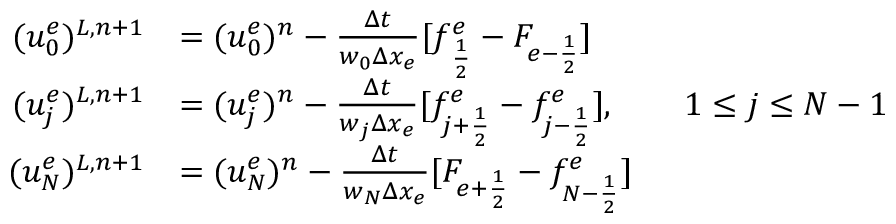
\begin{array} { r l } { ( u _ { 0 } ^ { e } ) ^ { L , n + 1 } } & { = ( u _ { 0 } ^ { e } ) ^ { n } - \frac { \Delta t } { w _ { 0 } \Delta x _ { e } } [ f _ { \frac { 1 } { 2 } } ^ { e } - F _ { e - \frac { 1 } { 2 } } ] } \\ { ( u _ { j } ^ { e } ) ^ { L , n + 1 } } & { = ( u _ { j } ^ { e } ) ^ { n } - \frac { \Delta t } { w _ { j } \Delta x _ { e } } [ f _ { j + \frac 1 2 } ^ { e } - f _ { j - \frac 1 2 } ^ { e } ] , \qquad 1 \le j \le N - 1 } \\ { ( u _ { N } ^ { e } ) ^ { L , n + 1 } } & { = ( u _ { N } ^ { e } ) ^ { n } - \frac { \Delta t } { w _ { N } \Delta x _ { e } } [ F _ { e + \frac { 1 } { 2 } } - f _ { N - \frac { 1 } { 2 } } ^ { e } ] } \end{array}